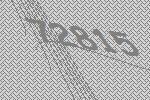
72815